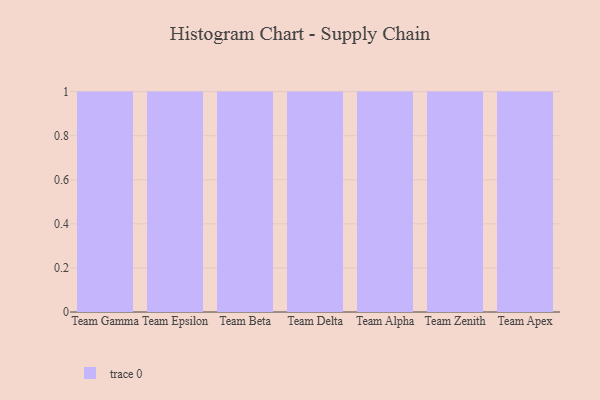
{"axis": {"x": "Team", "y": "Customer Acquisition Cost (USD)"}, "legend": [""], "data": [{"x": "Team Gamma", "y": 61, "type": ""}, {"x": "Team Epsilon", "y": 84, "type": ""}, {"x": "Team Beta", "y": 84, "type": ""}, {"x": "Team Delta", "y": 57, "type": ""}, {"x": "Team Alpha", "y": 50, "type": ""}, {"x": "Team Zenith", "y": 63, "type": ""}, {"x": "Team Apex", "y": 4, "type": ""}]}